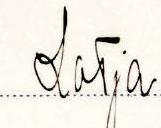
Lotja